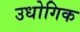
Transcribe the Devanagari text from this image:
उधोगिक